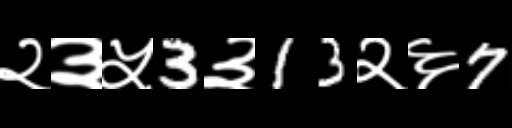
Text: २३५3३13२६7